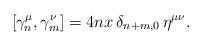
LaTeX: \begin{align*}[\gamma_n^\mu, \gamma_m^\nu]=4nx\,\delta_{n+m,0} \,\eta^{\mu\nu}.\end{align*}